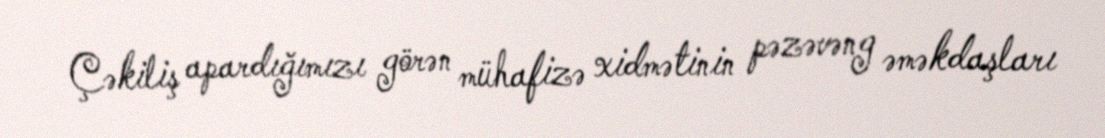
Çəkiliş apardığımızı görən mühafizə xidmətinin pəzəvəng əməkdaşları